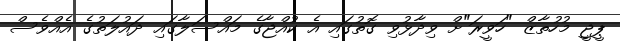
ޕީޖީ މުހުތާޒް "ހަވީރަ"ށް ވިދާޅުވި ގޮތުގައި އެ ކުއްޖާގެ މައްސަލާގައި ދައުލަތުގެ އެއްވެސް